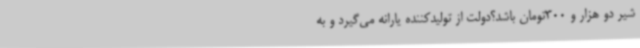
شیر دو هزار و 300تومان باشد؟دولت از تولیدکننده یارانه می‌گیرد و به